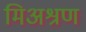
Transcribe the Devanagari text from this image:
मिअश्रण